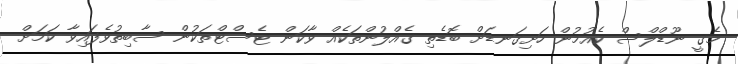
މެގީ ނޫޑްލްސް ކެއުމުން ހަށިގަނޑަށް ބޮޑެތި ގެއްލުންތަކެއް ވާކަން ޓެސްޓްތަކުން ސާބިތުވެފައިވާ ކަމަށް